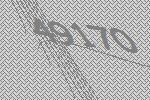
49170